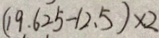
( 1 9 . 6 2 5 - 1 2 . 5 ) \times 2